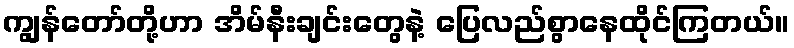
ကျွန်တော်တို့ဟာ အိမ်နီးချင်းတွေနဲ့ ပြေလည်စွာနေထိုင်ကြတယ်။